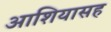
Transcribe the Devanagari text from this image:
आशियासह